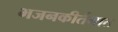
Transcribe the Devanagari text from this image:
भजनकीर्तनात